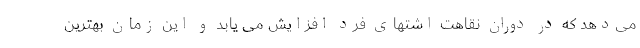
می‌دهد که در دوران نقاهت اشتهای فرد افزایش می یابد و این زمان بهترین